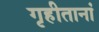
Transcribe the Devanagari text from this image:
गृहीतानां